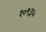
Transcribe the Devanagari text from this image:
१०९३५